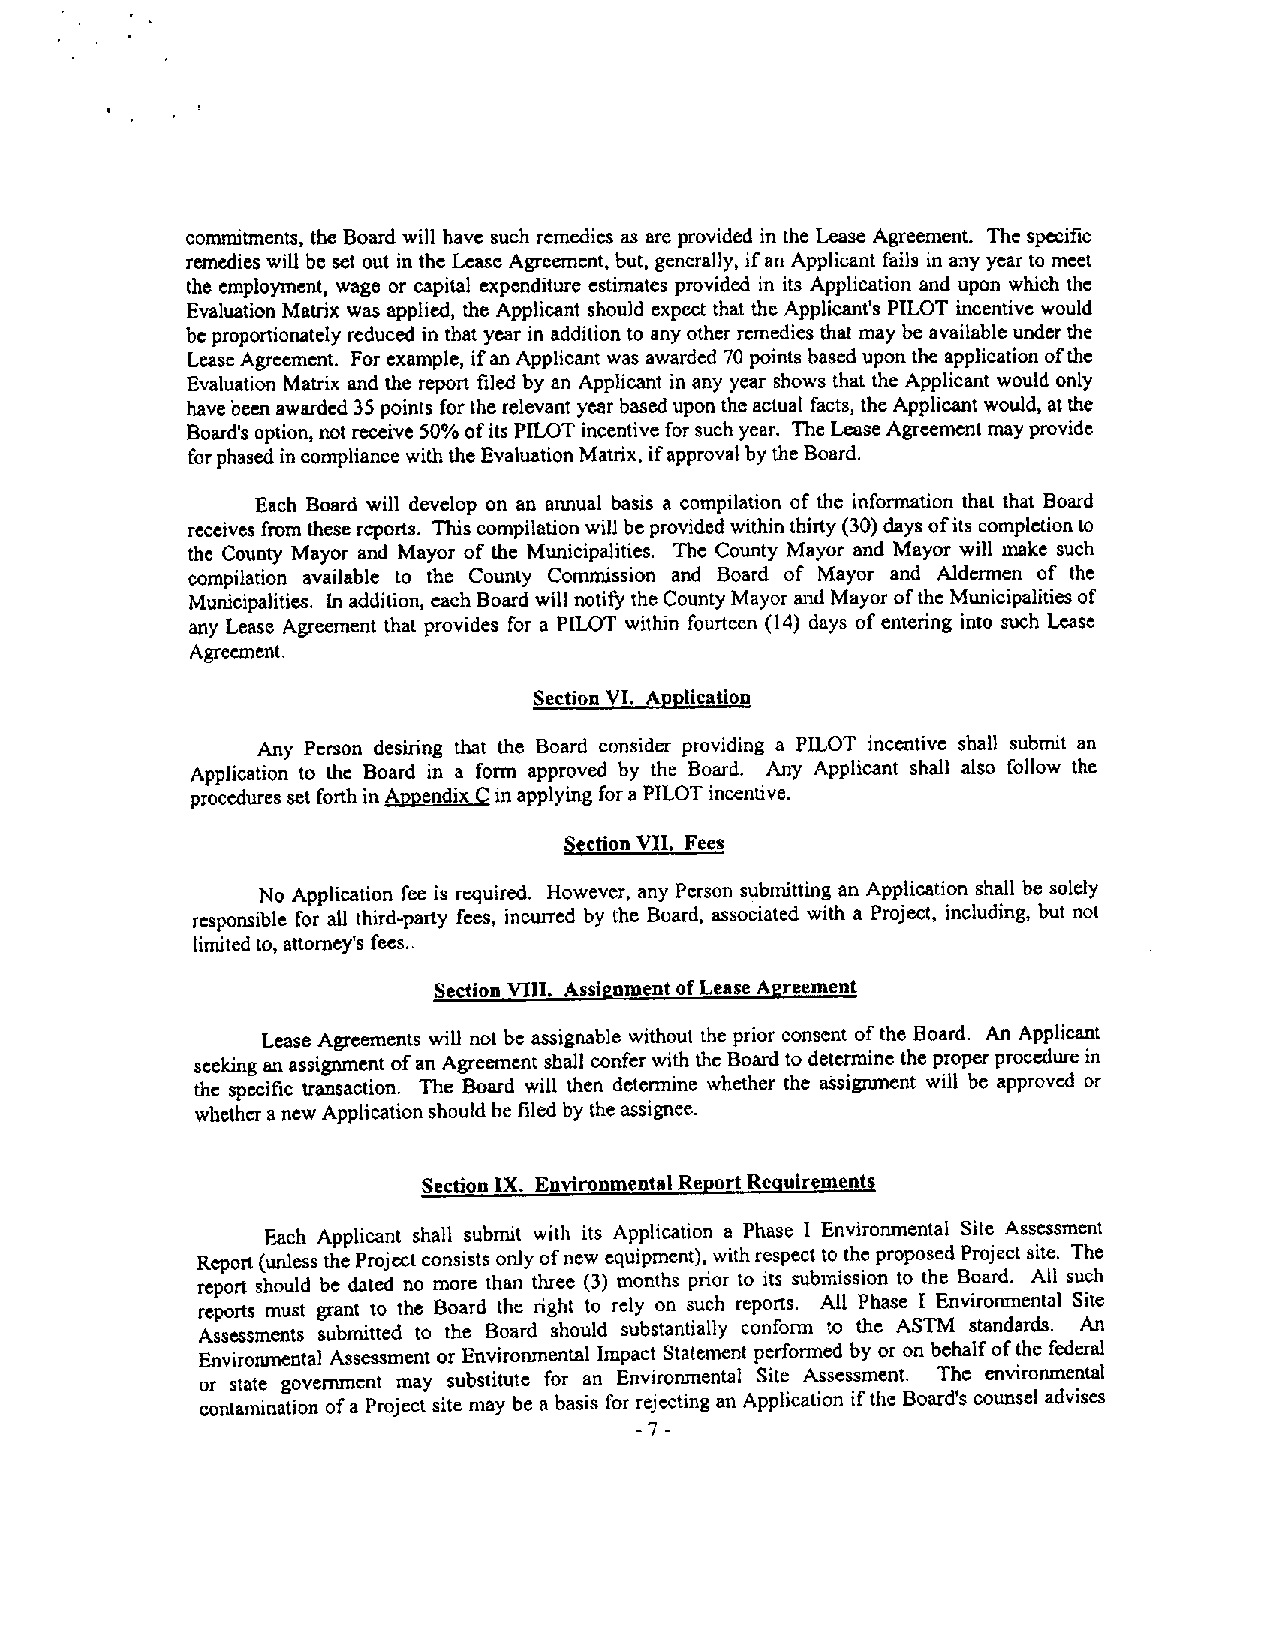
commitments, the Board will have such remedies as are provided in theLease Agreement. Thespecific
 remedies willbe set out in the LeaseAgreement,but, generally, ifanApplicant fails in any yearto meet
 theemployment, wage or capital expenditure estimates provided in its Application and upon which the
 EvaluationMatrix was applied, the Applicant should expect that theApplicant’s PILOT incentive would
 beproportionately reduced in that yearin addition to anyother remedies that may be availableunder the
 LeaseAgreement. Forexample, ifan Applicant was awarded 70points baseduponthe application ofthe
 Evaluation Matrix and the report filedby an Applicant in any year showsthat the Applicant would only
 havebeenawarded35 points forthe relevant yearbasedupontheactualfacts, theApplicant would,atthe
 Board’soption, not receive50 ofits PILOT incentiveforsuchyear. TheLease Agreement mayprovide
 forphasedincompliance withthe EvaluationMatrix, ifapprovalbytheBoard.
 Each Board will develop on an annual basis a compilation of the information that that Board
 receives fromthesereports. Thiscompilationwill beprovided withinthirty(30)daysofits completionto
 the County Mayor and Mayor of the Municipalities. The County Mayor and Mayor will make such
 compilation available to the County Commission and Board of Mayor and Aldermen of the
 Municipalities. In addition, eachBoard willnotify theCountyMayor andMayor oftheMunicipalitiesof
 anyLease Agreement that provides for a PILOT within fourteen (14) days ofentering into such Lease
 Agreement.
 SectionVI. Application
 Any Person desiring that the Board consider providing a PILOT incentive shall submit an
 Application to the Board in a form approved by the Board. Any Applicant shall also follow the
 proceduresset forthinAppendix Cin applyingforaPILOT incentive.
 Section WI. Fees
 No Application fee is required. However, any Person submitting an Application shall be solely
 responsible for all third-party fees, incurred by the Board, associated with a Project, including, but not
 limitedto, attorney’s fees..
 Section VIII. Assignment ofLease Agreement
 Lease Agreements will not be assignable without the prior consent ofthe Board. An Applicant
 seeking an assignment ofan Agreement shall confer with theBoard to determinetheproper procedurein
 the specific transaction. The Board will then determine whether the assignment will be approved or
 whether anewApplicationshouldbe filed by theassignee.
 Section IX. Environmental ReportReQuirements
 Each Applicant shall submit with its Application a Phase I Environmental Site Assessment
 Report(unlessthe Projectconsists onlyofnew equipment), withrespectto theproposed Projectsite. The
 report should be dated no more than three (3) months prior to its submission to the Board. All such
 reports must grant to the Board the right to rely on such reports. All Phase I Environmental Site
 Assessments submitted to the Board should substantially conform to the ASTM standards. An
 Environmental Assessmentor EnvironmentalImpact Statement performed by or on behalf ofthe federal
 or state government may substitute for an Environmental Site Assessment. The environmental
 contamination ofaProject site may be abasis for rejectingan Application ifthe Board’s counseladvises
 -7-